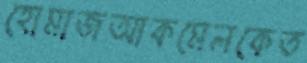
হোমাজআকমেলকেত